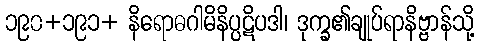
၁၉၀+၁၉၁+ နိရောဓဂါမိနိပ္ပဋိပဒါ၊ ဒုက္ခ၏ချုပ်ရာနိဗ္ဗာန်သို့